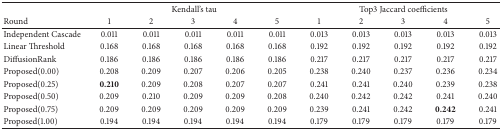
|  | <COLSPAN=5> Kendall's tau | <COLSPAN=5> Top3 Jaccard coefficients |
 | Round | 1 | 2 | 3 | 4 | 5 | 1 | 2 | 3 | 4 | 5 |
 | --- | --- | --- | --- | --- | --- | --- | --- | --- | --- | --- |
 | Independent Cascade | 0.011 | 0.011 | 0.011 | 0.011 | 0.011 | 0.013 | 0.013 | 0.013 | 0.013 | 0.013 |
 | Linear Threshold | 0.168 | 0.168 | 0.168 | 0.168 | 0.168 | 0.192 | 0.192 | 0.192 | 0.192 | 0.192 |
 | DiffusionRank | 0.186 | 0.186 | 0.186 | 0.186 | 0.186 | 0.217 | 0.217 | 0.217 | 0.217 | 0.217 |
 | Proposed(0.00) | 0.208 | 0.209 | 0.207 | 0.206 | 0.205 | 0.238 | 0.240 | 0.237 | 0.236 | 0.234 |
 | Proposed(0.25) | 0.210 | 0.209 | 0.208 | 0.207 | 0.207 | 0.241 | 0.241 | 0.240 | 0.239 | 0.238 |
 | Proposed(0.50) | 0.209 | 0.210 | 0.209 | 0.209 | 0.208 | 0.240 | 0.242 | 0.242 | 0.241 | 0.240 |
 | Proposed(0.75) | 0.209 | 0.209 | 0.209 | 0.209 | 0.209 | 0.239 | 0.241 | 0.242 | 0.242 | 0.241 |
 | Proposed(1.00) | 0.194 | 0.194 | 0.194 | 0.194 | 0.194 | 0.179 | 0.179 | 0.179 | 0.179 | 0.179 |